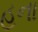
હના